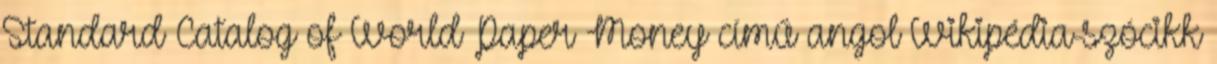
Standard Catalog of World Paper Money című angol Wikipédia-szócikk